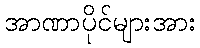
အာဏာပိုင်များအား